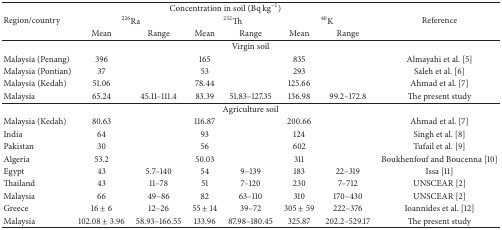
<table><thead><tr><td rowspan="3"><b>Region/country</b></td><td colspan="6"><b>Concentration in soil (Bq kg<sup>−1</sup>)</b></td><td rowspan="3"><b>Reference</b></td></tr><tr><td colspan="2"><b><sup>226</sup>Ra</b></td><td colspan="2"><b><sup>232</sup>Th</b></td><td colspan="2"><b><sup>40</sup>K</b></td></tr><tr><td><b>Mean</b></td><td><b>Range</b></td><td><b>Mean</b></td><td><b>Range</b></td><td><b>Mean</b></td><td><b>Range</b></td></tr></thead><tbody><tr><td colspan="8">Virgin soil</td></tr><tr><td>Malaysia (Penang)</td><td>396</td><td> </td><td>165</td><td> </td><td>835</td><td> </td><td>Almayahi et al. [5]</td></tr><tr><td>Malaysia (Pontian)</td><td>37</td><td> </td><td>53</td><td> </td><td>293</td><td> </td><td>Saleh et al. [6]</td></tr><tr><td>Malaysia (Kedah)</td><td>51.06</td><td> </td><td>78.44</td><td> </td><td>125.66</td><td> </td><td>Ahmad et al. [7]</td></tr><tr><td>Malaysia</td><td>65.24</td><td>45.11–111.4</td><td>83.39</td><td>51.83–127.35</td><td>136.98</td><td>99.2–172.8</td><td>The present study</td></tr><tr><td colspan="8">Agriculture soil</td></tr><tr><td>Malaysia (Kedah)</td><td>80.63</td><td> </td><td>116.87</td><td> </td><td>200.66</td><td> </td><td>Ahmad et al. [7]</td></tr><tr><td>India</td><td>64</td><td> </td><td>93</td><td> </td><td>124</td><td> </td><td>Singh et al. [8]</td></tr><tr><td>Pakistan</td><td>30</td><td> </td><td>56</td><td> </td><td>602</td><td> </td><td>Tufail et al. [9]</td></tr><tr><td>Algeria</td><td>53.2</td><td> </td><td>50.03</td><td> </td><td>311</td><td> </td><td>Boukhenfouf and Boucenna [10]</td></tr><tr><td>Egypt</td><td>43</td><td>5.7–140</td><td>54</td><td>9–139</td><td>183</td><td>22–319</td><td>Issa [11]</td></tr><tr><td>Thailand</td><td>43</td><td>11–78</td><td>51</td><td>7–120</td><td>230</td><td>7–712</td><td>UNSCEAR [2]</td></tr><tr><td>Malaysia</td><td>66</td><td>49–86</td><td>82</td><td>63–110</td><td>310</td><td>170–430</td><td>UNSCEAR [2]</td></tr><tr><td>Greece</td><td>16 ± 6</td><td>12–26</td><td>55 ± 14</td><td>39–72</td><td>305 ± 59</td><td>222–376</td><td>Ioannides et al. [12]</td></tr><tr><td>Malaysia</td><td>102.08 ± 3.96</td><td>58.93–166.55</td><td>133.96</td><td>87.98–180.45</td><td>325.87</td><td>202.2–529.17</td><td>The present study</td></tr></tbody></table>